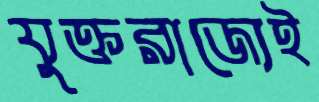
যুক্তরাজ্যেই